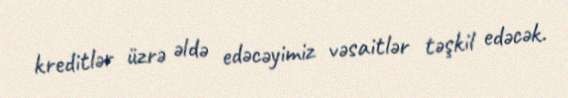
kreditlər üzrə əldə edəcəyimiz vəsaitlər təşkil edəcək.